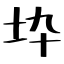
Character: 𡉻